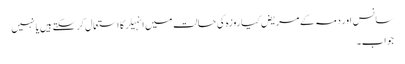
سانس اور دمہ کے مریض کیا روزہ کی حالت میں انہیلر کا استعمال کرسکتے ہیں یا نہیں
جواب۔